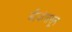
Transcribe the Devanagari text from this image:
बीयांपासून